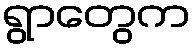
ရွာတွေက